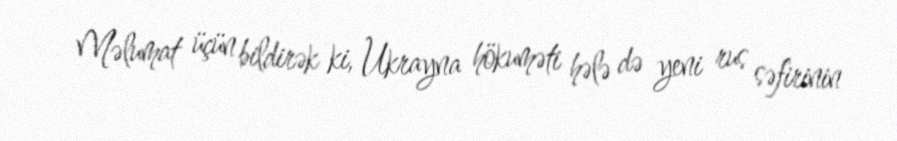
Məlumat üçün bildirək ki, Ukrayna hökuməti hələ də yeni rus səfirinin